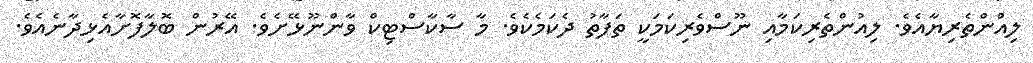
ލިއުްންތެރިޔާއެވެ. ލިއުންތެރިކަމާއި ނޫސްވެރިކަމަކީ ތަފާތު ދެކަމެކެވެ. މާ ސާކާސްޓިކް ވާންނޫޅޭށެވެ. އޭރުން ބޮލާފޮށާއެޅިދާނެއެވެ.